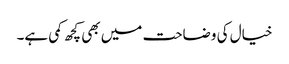
خیال کی وضاحت میں بھی کچھ کمی ہے۔